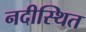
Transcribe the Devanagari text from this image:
नदीस्थित